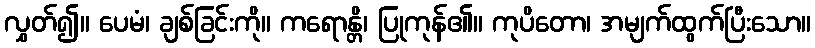
လွှတ်၍။ ပေမံ၊ ချစ်ခြင်းကို။ ကရောန္တိ၊ ပြုကုန်၏။ ကုပိတော၊ အမျက်ထွက်ပြီးသော။